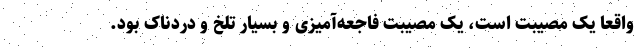
واقعا یک مصیبت است، یک مصیبت فاجعه‌آمیزی و بسیار تلخ و دردناک بود.